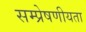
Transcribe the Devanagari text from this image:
सम्‍प्रेषणीयता